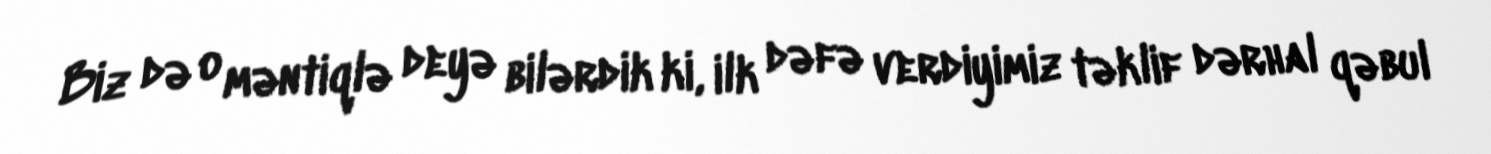
Biz də o məntiqlə deyə bilərdik ki, ilk dəfə verdiyimiz təklif dərhal qəbul